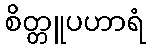
စိတ္တူပဟာရံ